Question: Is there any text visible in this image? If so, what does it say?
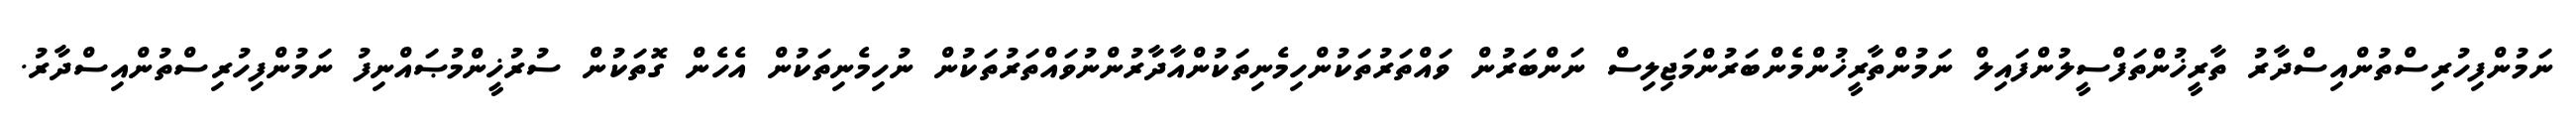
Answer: ނަމުންފިހުރިސްތުންއިސްދާރު ތާރީޚުންތަފްސީލުންފައިލް ނަމުންތާރީޚުންމެންބަރުންމަޖިލިސް ނަންބަރުން ވައްތަރުތަކުންހިމެނިތަކުންއާދާރުންނުވައްތަރުތަކުން ނުހިމެނިތަކުން އެހެން ގޮތަކުން ސުރުޚީންމުޞައްނިފު ނަމުންފިހުރިސްތުންއިސްދާރު.